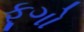
ફૂગો